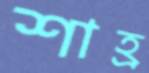
শাহ্র